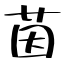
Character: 茵